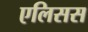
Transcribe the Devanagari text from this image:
एलिसस